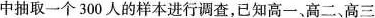
中抽取一个300人的样本进行调查，已知高一、高二、高三